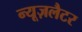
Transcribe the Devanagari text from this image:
न्यूज़लैटर